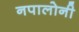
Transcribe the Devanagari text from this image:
नपालोनी